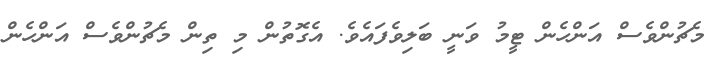
މެޗުންވެސް އަންހެން ޓީމު ވަނީ ބަލިވެފައެވެ. އެގޮތުން މި ތިން މެޗުންވެސް އަންހެން